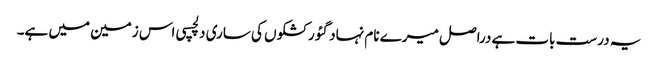
یہ درست بات ہے دراصل میرے نام نہاد گئو رکشکوں کی ساری دلچسپی اس زمین میں ہے۔